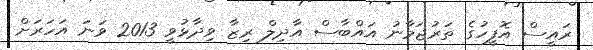
ރައީސް އޮފީހުގެ ތަރުޖަމާނު އައްބާސް އާދިލް ރިޒާ ވިދާޅުވީ 2013 ވަނަ އަހަރަށް